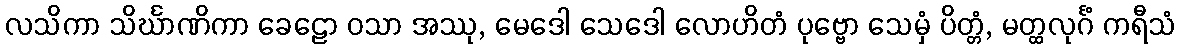
လသိကာ သိင်္ဃာဏိကာ ခေဠော ဝသာ အဿု, မေဒေါ သေဒေါ လောဟိတံ ပုဗ္ဗော သေမှံ ပိတ္တံ, မတ္ထလုင်္ဂံ ကရီသံ